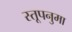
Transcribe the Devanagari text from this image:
स्तूपनुमा